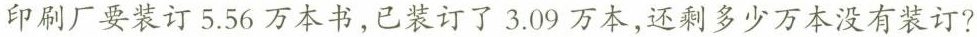
印刷厂要装订 5.56万 本书，已装订了 3.09 万本，还剩多少万本没有装订?